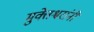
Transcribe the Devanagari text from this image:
मुक्तेश्वरांनी